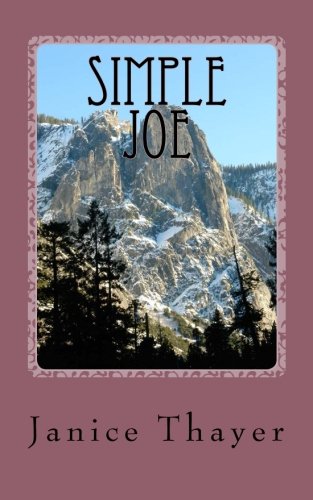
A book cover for Simple Joe; Janice Thayer; Christian Books & Bibles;